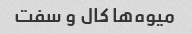
میوه‌ها کال و سفت